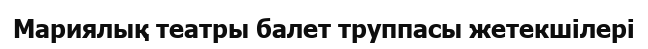
Мариялық театры балет труппасы жетекшілері